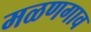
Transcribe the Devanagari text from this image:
मळणगाव